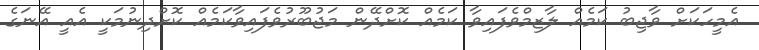
އެމީހަކަށް ވާޖިބު ކަމެއް ލާޒިމްވެފައިވާ ކަމެއް ކޮށްދޭން މަޖުބޫރުވެފައިވާކަމެއް ކޮށްދިނުމަކީ އެއީ އޭނަގެ